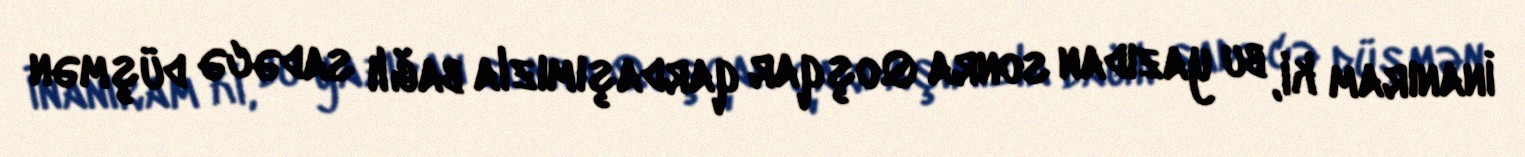
İnanıram ki, bu yazıdan sonra Qoşqar qardaşımızla bağlı sadəcə düşmən